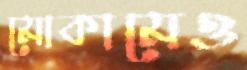
মোকামেও